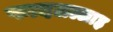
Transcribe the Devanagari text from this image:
फादलल्लाह